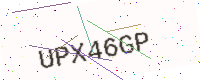
Text: UPX46GP